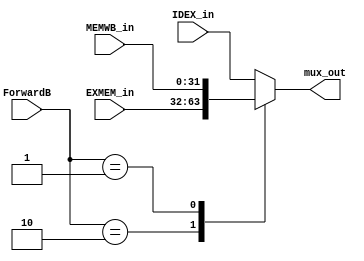

module ForwardB_Mux(mux_out, IDEX_in, EXMEM_in, MEMWB_in,ForwardB);
	output reg [31:0]mux_out;
	input [31:0] IDEX_in, EXMEM_in, MEMWB_in;
	input[1:0] ForwardB;
	always @ (*)
	case(ForwardB)
	2'b00: mux_out <= IDEX_in;
	2'b10: mux_out <= EXMEM_in;
	2'b01: mux_out <= MEMWB_in;
	default: mux_out <= IDEX_in;
	endcase
endmodule